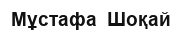
Мұстафа  Шоқай